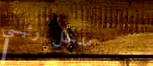
مدخل رئيسي